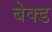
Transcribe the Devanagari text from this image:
बेक्‍ड